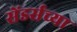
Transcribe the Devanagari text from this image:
सेंडर्सच्या